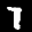
Label: 7